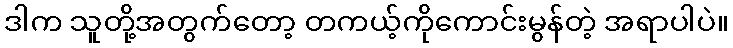
ဒါက သူတို့အတွက်တော့ တကယ့်ကိုကောင်းမွန်တဲ့ အရာပါပဲ။